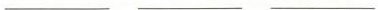
___ ___ ___